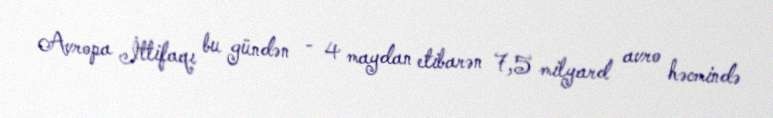
Avropa İttifaqı bu gündən - 4 maydan etibarən 7,5 milyard avro həcmində